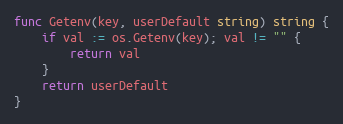
Language: Go
func Getenv(key, userDefault string) string {
	if val := os.Getenv(key); val != "" {
		return val
	}
	return userDefault
}